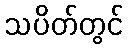
သပိတ်တွင်